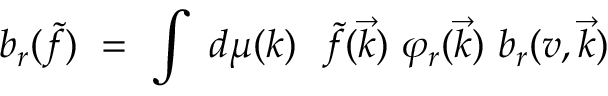
b _ { r } ( \tilde { f } ) \ = \ \int \ d \mu ( k ) \ \ \tilde { f } ( \vec { k } ) \ { \varphi } _ { r } ( \vec { k } ) \ b _ { r } ( v , \vec { k } )